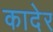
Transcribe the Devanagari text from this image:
कादेर